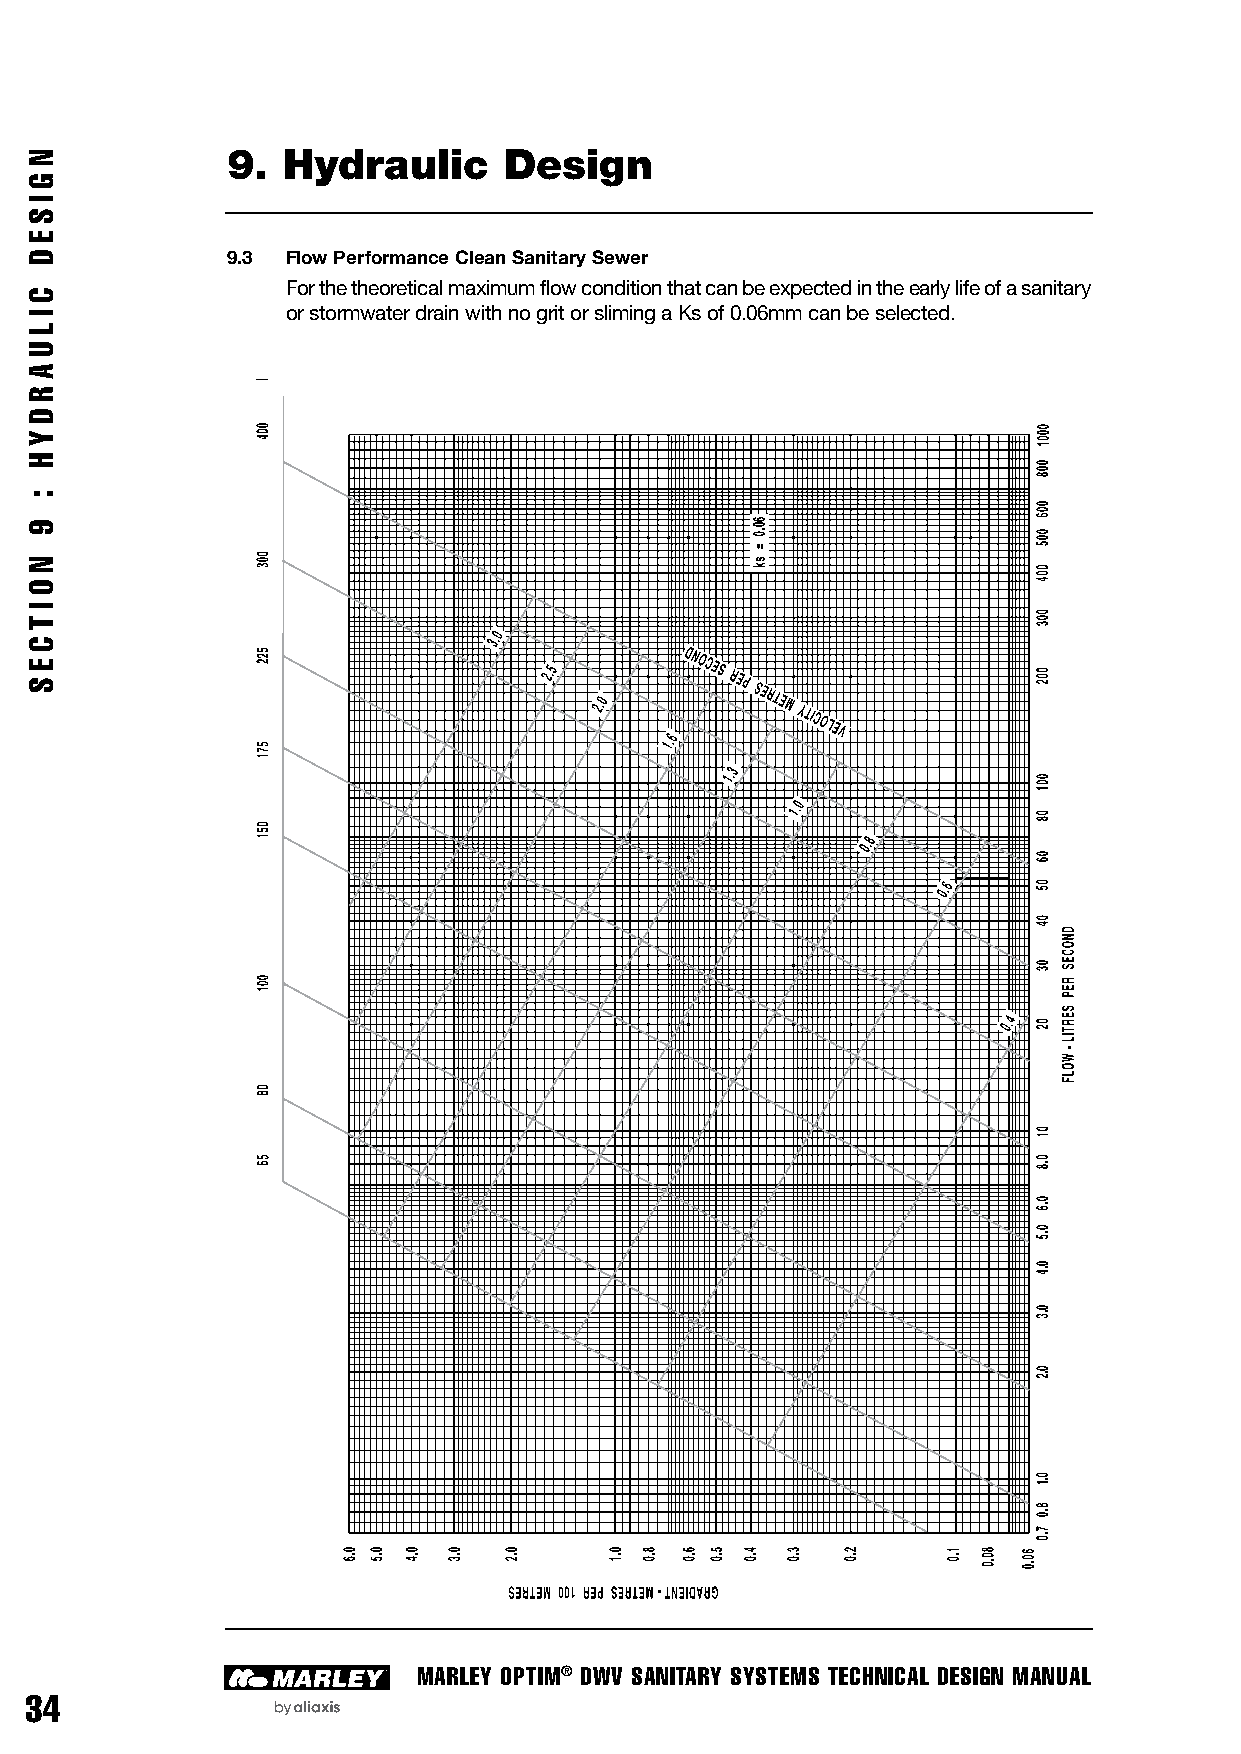
9.  Hydraulic     Design
 9.3 Flow Performance Clean Sanitary Sewer
 For the theoretical maximum flow condition that can be expected in the early life of a sanitary
 or stormwater drain with no grit or sliming a Ks of 0.06mm can be selected.
 MARLEY OPTIM® DWV SANITARY SYSTEMS TECHNICAL DESIGN MANUAL
 34
 N
 G
 I
 S
 E
 D
 C
 I
 L
 U
 A
 R
 D
 Y
 H
 :
 9
 N
 O
 I
 T
 C
 E
 S